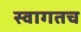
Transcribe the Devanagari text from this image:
स्‍वागतच